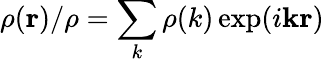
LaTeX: \rho({\mathbf r})/\rho=\sum_{k}\rho(k)\exp(i{\mathbf k}{\mathbf r})